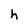
Character: h